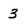
Character: 3